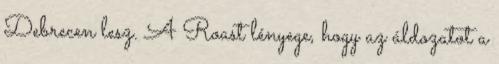
Debrecen lesz. A Roast lényege, hogy az áldozatot a